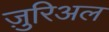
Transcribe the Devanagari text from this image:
ज़ुरिअल